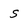
Character: s